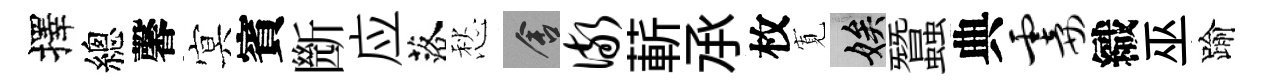
擇總馨㝠賓㫁应落愁舍儆蔪𠄘枚𡩖娭蠶典霎織巫踰